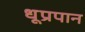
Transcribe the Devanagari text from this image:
धूप्रपान